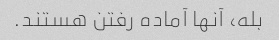
بله، آنها آماده رفتن هستند.